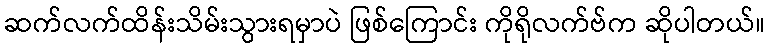
ဆက်လက်ထိန်းသိမ်းသွားရမှာပဲ ဖြစ်ကြောင်း ကိုရိုလက်ဗ်က ဆိုပါတယ်။